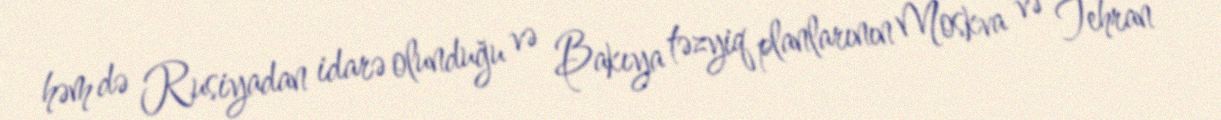
həm də Rusiyadan idarə olunduğu və Bakıya təzyiq planlarının Moskva və Tehran